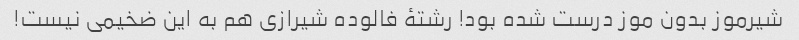
شیرموز بدون موز درست شده بود! رشتهٔ فالوده شیرازی هم به این ضخیمی نیست!